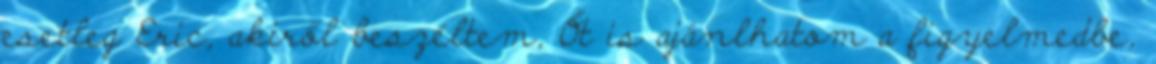
esetleg Eric, akiről beszéltem, Őt is ajánlhatom a figyelmedbe,